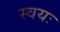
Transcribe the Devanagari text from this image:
स्वयः